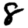
Digit: 8